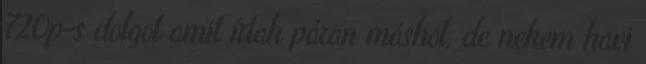
720p-s dolgot amit írtak páran máshol, de nekem havi